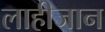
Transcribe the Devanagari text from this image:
लाहीजान